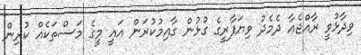
ވިދާޅުވީ ރާއްޖެއާ ދެމެދު ވިޔަފާރީގެ ގުޅުން ގާއިމުކުރަން އައީ މީގެ މަސްތަކެއް ކުރިން